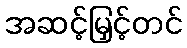
အဆင့်မြှင့်တင်